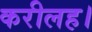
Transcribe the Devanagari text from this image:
करीलह।